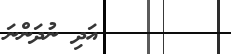
އަދި ނުދަންނަ